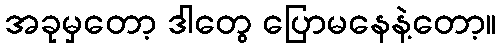
အခုမှတော့ ဒါတွေ ပြောမနေနဲ့တော့။